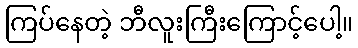
ကြပ်နေတဲ့ ဘီလူးကြီးကြောင့်ပေါ့။